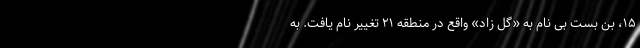
۱۵، بن بست بی نام به «گل زاد» واقع در منطقه ۲۱ تغییر نام یافت. به